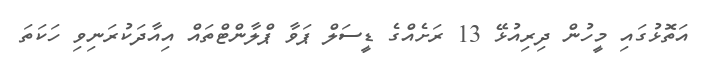
އަތޮޅުގައި މީހުން ދިރިއުޅޭ 13 ރަށެއްގެ ޑީސަލް ޕަވާ ޕްލާންޓްތައް އިއާދަކުރަނިވި ހަކަތަ